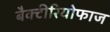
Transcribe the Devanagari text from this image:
बैक्टीरियोफाज